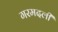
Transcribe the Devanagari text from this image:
गरमदली